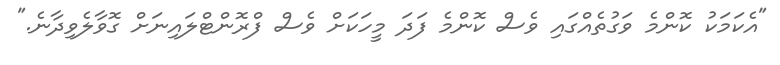
"އެކަމަކު ކޮންމެ ވަގުތެއްގައި ވެސް ކޮންމެ ފަދަ މީހަކަށް ވެސް ފްރޮންޓްލައިނަށް ގޮވާލެވިދާނެ."